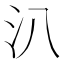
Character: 汃